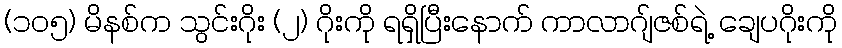
(၁၀၅) မိနစ်က သွင်းဂိုး (၂) ဂိုးကို ရရှိပြီးနောက် ကာလာဂျ်ဇစ်ရဲ့ ချေပဂိုးကို